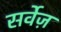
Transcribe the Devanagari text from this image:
सर्वेज़